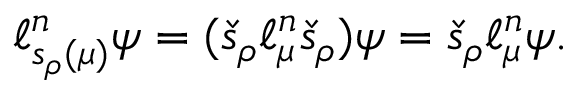
\ell _ { s _ { \rho } ( \mu ) } ^ { n } \psi = ( \check { s } _ { \rho } \ell _ { \mu } ^ { n } \check { s } _ { \rho } ) \psi = \check { s } _ { \rho } \ell _ { \mu } ^ { n } \psi .